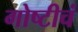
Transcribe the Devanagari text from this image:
गोष्टीचं